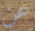
عن